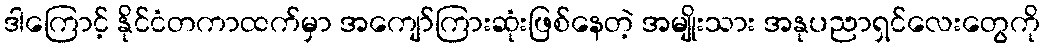
ဒါကြောင့် နိုင်ငံတကာထက်မှာ အကျော်ကြားဆုံးဖြစ်နေတဲ့ အမျိုးသား အနုပညာရှင်လေးတွေကို